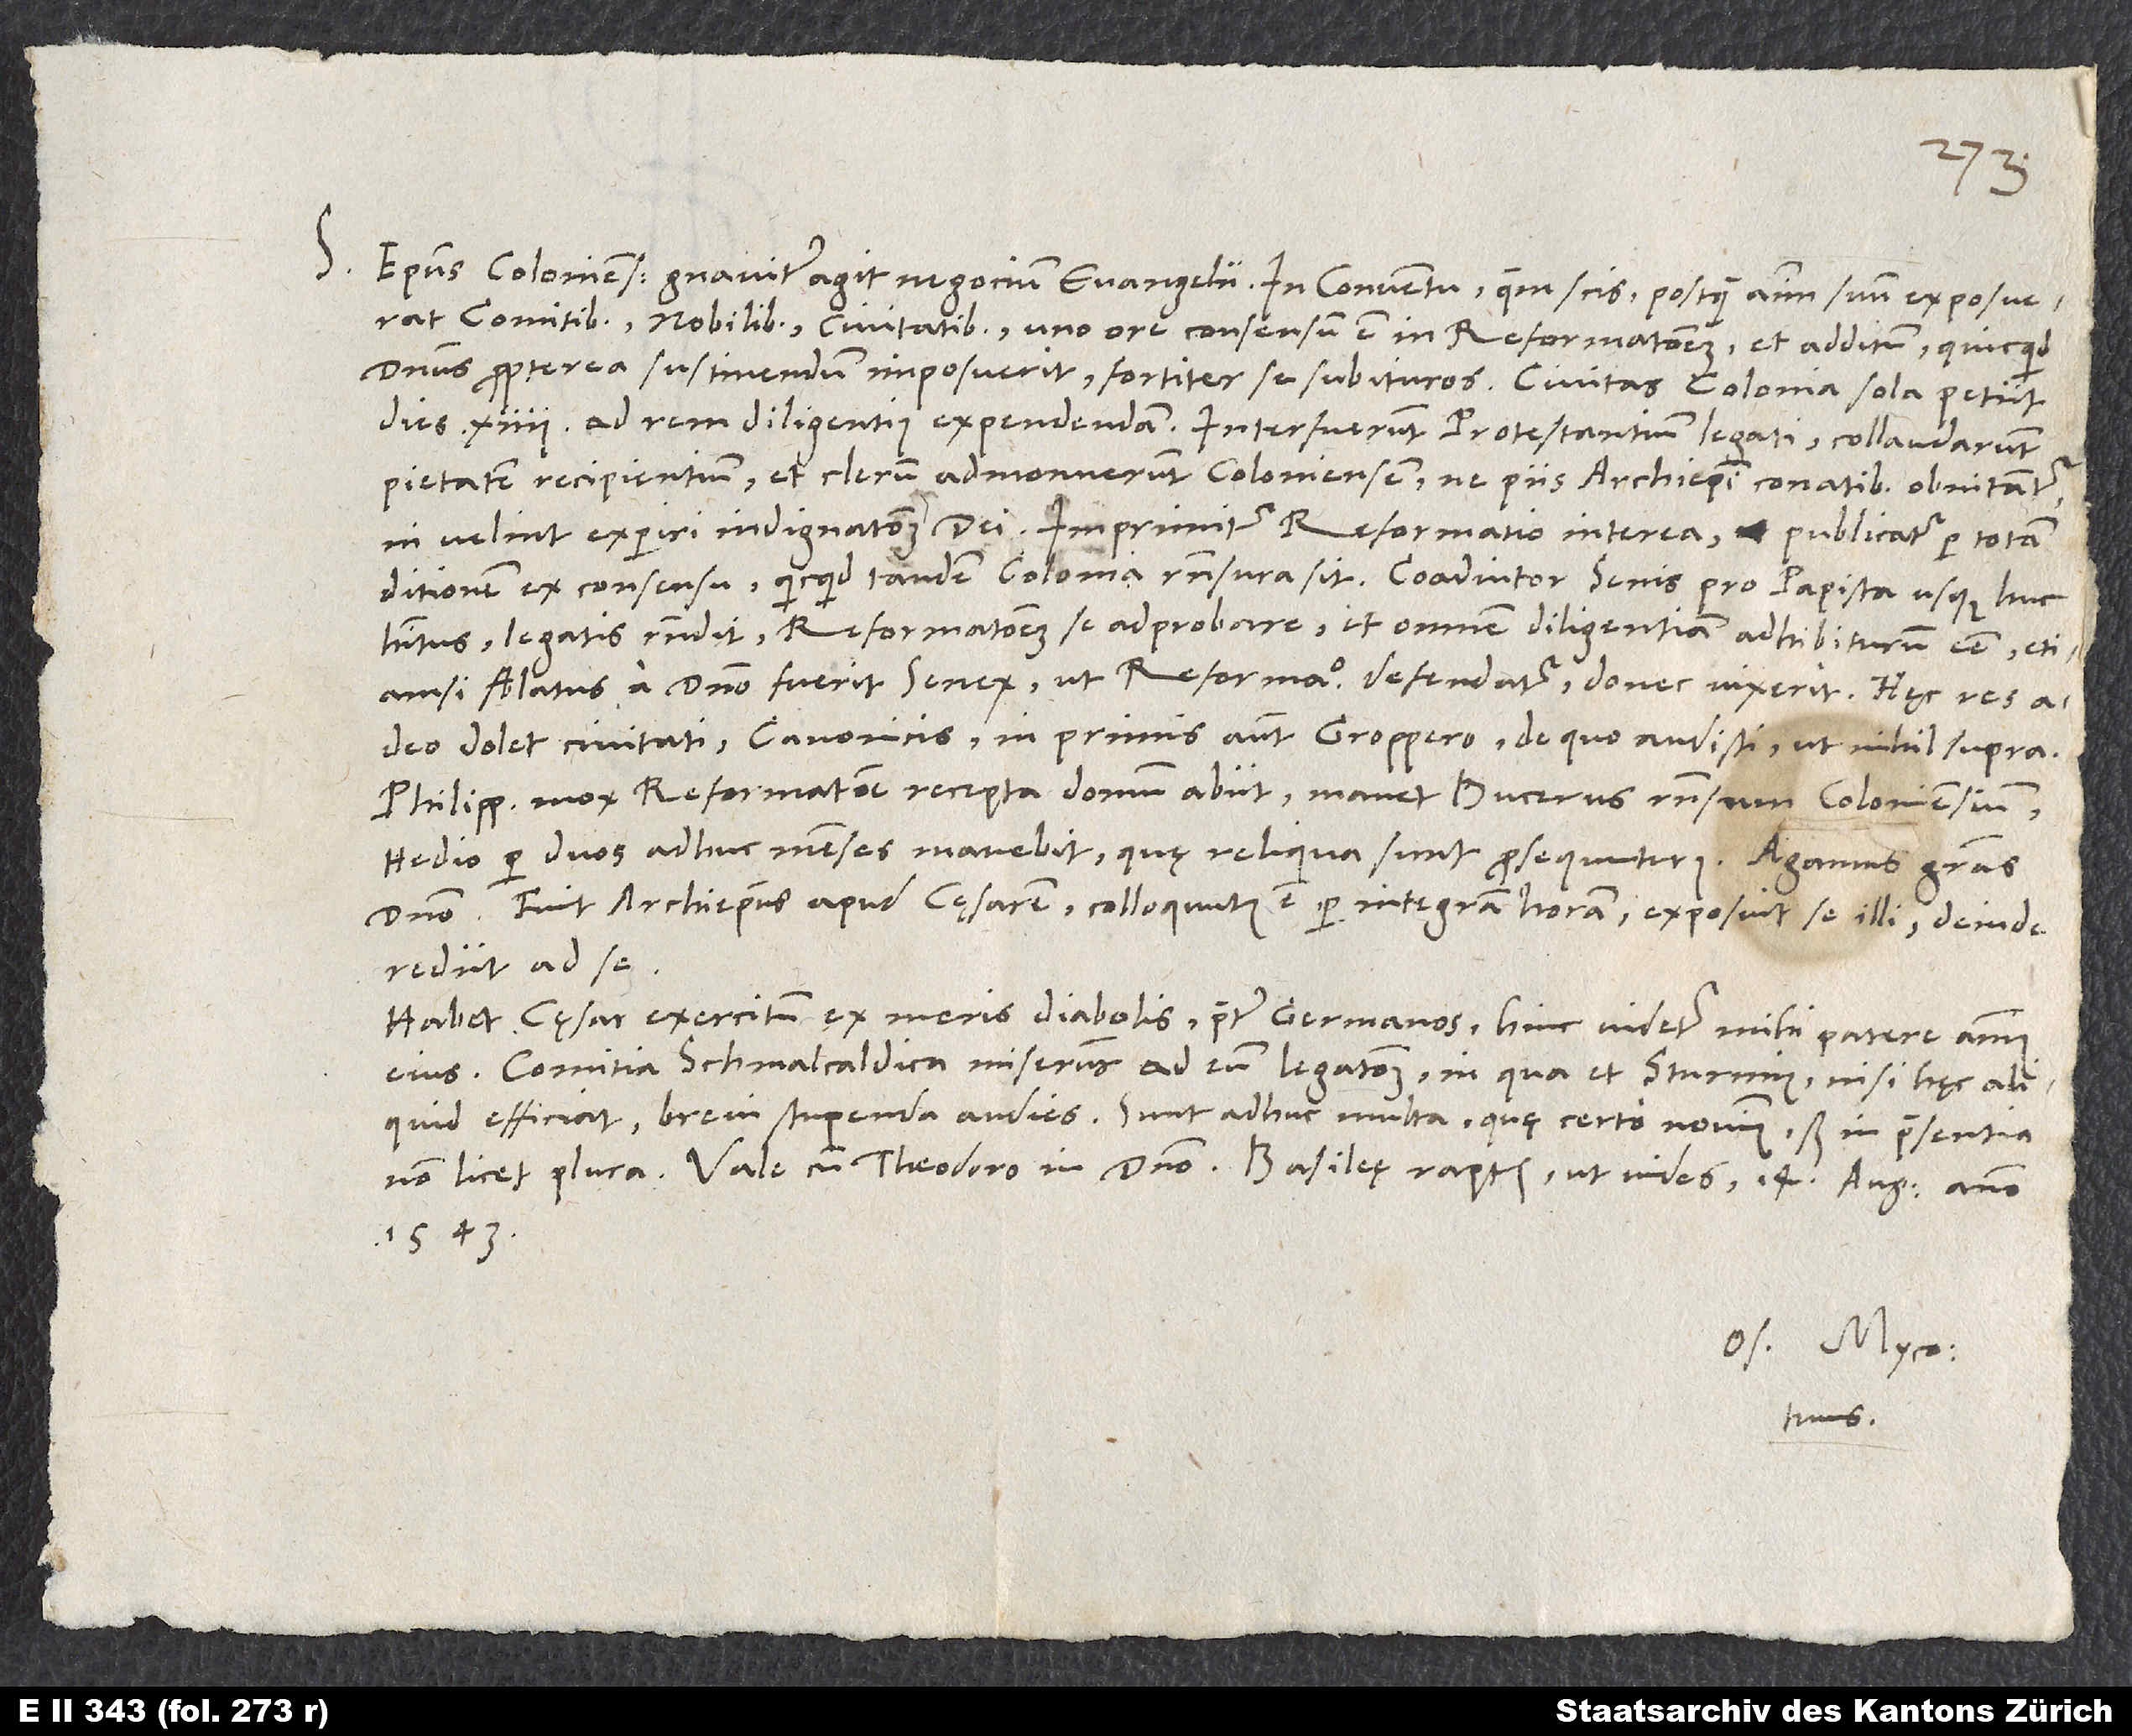
S. Episcopus Coloniensis graviter agit negocium evangelii. In conventu, quem scis, postquam animum suum exposuerat
comitibus, nobilibus, civitatibus, uno ore consensum est in reformationem et additum, quicquid
dominus propterea sustinendum imposuerit, fortiter se subituros. Civitas Colonia sola petiit
dies 14 ad rem diligentius expendendam. Interfuerunt protestantium legati, collaudarunt
pietatem recipientium et clerum admonuerunt Coloniensem, ne piis archiepiscopi conatibus obnitantur,
ni velint experiri indignationem dei. Imprimitur reformatio interea et publicatur per totam
ditionem ex consensu, quicquid tandem Colonia responsura sit. Coadiutor senis pro papista usque huc
habitus legatis respondit reformationem se adprobare et omnem diligentiam adhibiturum esse, etiamsi
sublatus a domino fuerit senex, ut reformatio defendatur, donec vixerit. Hęc res
adeo dolet civitati, canonicis, in primis autem Groppero, de quo audisti, ut nihil supra.
Philippus mox reformatione recepta domum abiit; manet Bucerus responsum Coloniensium;
Hedio per duos adhuc menses manebit, quę reliqua sunt, prosequuturus. Agamus gratias
domino! Fuit archiepiscopus apud cęsarem; colloquutus est per integram horam, exposuit se illi, deinde
rediit ad se.
Habet cęsar exercitum ex meris diabolis praeter Germanos. Hinc videtur mihi patere animus
eius. Comitia Schmalcaldica miserunt ad eum legationem, in qua et Sturmius; nisi hęc aliquid
efficiat, brevi stupenda audies. Sunt adhuc multa, quę certo novimus; sed in praesentia
Vale cum Theodoro in domino. Basileę, raptim, ut vides, 14. augusti anno
1543.
Os. Myco.
tuus.